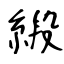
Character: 緞